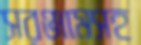
সরঞ্জামসহ